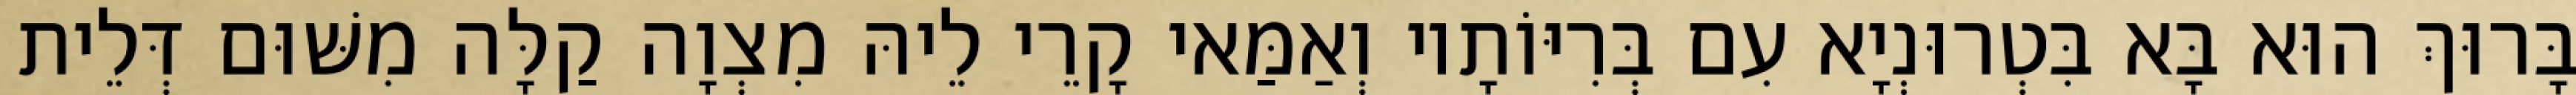
בָּרוּךְ הוּא בָּא בִּטְרוּנְיָא עִם בְּרִיּוֹתָיו וְאַמַּאי קָרֵי לֵיהּ מִצְוָה קַלָּה מִשּׁוּם דְּלֵית